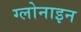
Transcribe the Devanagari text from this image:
ग्लोनाइन